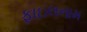
ફાઇલનામ